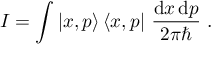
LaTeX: I = \int | x , p \rangle \, \langle x , p | ~ { \frac { \mathrm { d } x \, \mathrm { d } p } { 2 \pi \hbar } } ~ .